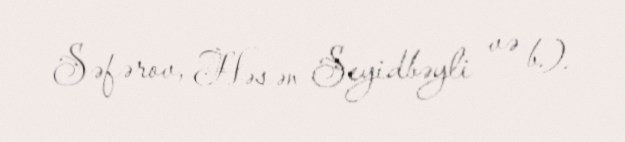
Səfərov, Həsən Seyidbəyli və b.).